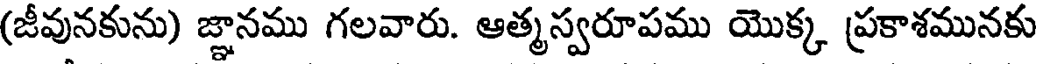
(జీవునకును) జ్ఞానము గలవారు. ఆత్మస్వరూపము యొక్క ప్రకాశమునకు